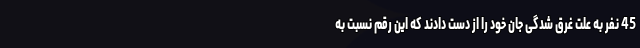
45 نفر به علت غرق شدگی جان خود را از دست دادند که این رقم نسبت به